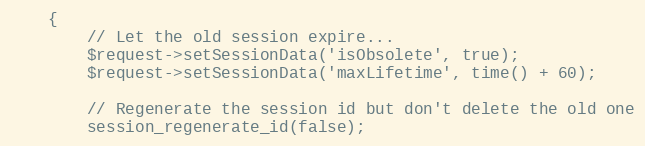
Language: PHP
    {
        // Let the old session expire...
        $request->setSessionData('isObsolete', true);
        $request->setSessionData('maxLifetime', time() + 60);

        // Regenerate the session id but don't delete the old one
        session_regenerate_id(false);